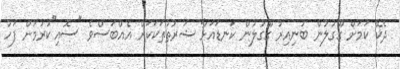
ދެކޭ ކަމަށް ގޫގުލުން ބުނިއިރު ގޫގުލުން ކަނޑައަޅާ ޝަރުތުތަކަކަށް އެއްބަސްވެ "ސޮއި"ކުރުމަށް ފަހު